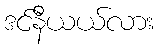
ဒင်နီယယ်လား